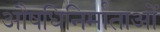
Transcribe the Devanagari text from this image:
औषधिनिर्माताओं